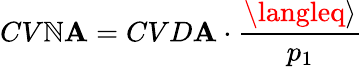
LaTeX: CV\mathbb{N}\mathbf{A}=CVD\mathbf{A}\cdot\frac{{\langleq\rangle}}{{p_{1}}}